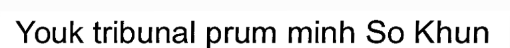
Youk tribunal prum minh So Khun